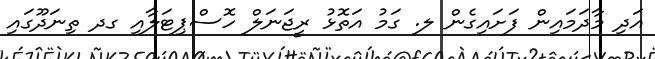
އަދި މާދަމައިން ފަށައިގެން ލ. ގަމު އަތޮޅު ރީޖަނަލް ހޮސްޕިޓަލާއި ގދ ތިނަދޫގައި